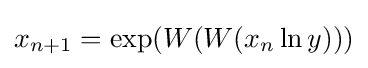
x_{n+1}=\exp(W(W(x_{n}\ln y)))